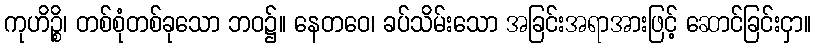
ကုဟိဉ္စိ၊ တစ်စုံတစ်ခုသော ဘဝ၌။ နေတဝေ၊ ခပ်သိမ်းသော အခြင်းအရာအားဖြင့် ဆောင်ခြင်းငှာ။